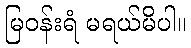
မြဝန်းရံ မရယ်မိပါ။